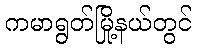
ကမာရွတ်မြို့နယ်တွင်